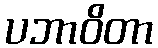
ပဘာဝိတာ